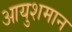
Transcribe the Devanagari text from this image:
आयुशमान